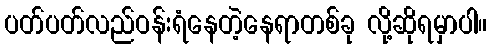
ပတ်ပတ်လည်ဝန်းရံနေတဲ့နေရာတစ်ခု လို့ဆိုရမှာပါ။